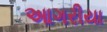
આગરીયા